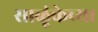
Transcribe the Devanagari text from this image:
साळूंकेच्या